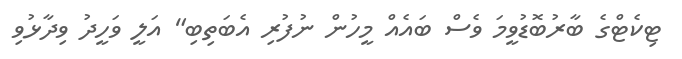
ޓިކެޓްގެ ބާރުބޮޑުވީމަ ވެސް ބައެއް މީހުން ނުފުރި އެބަތިބި" އަލީ ވަހީދު ވިދާޅުވި